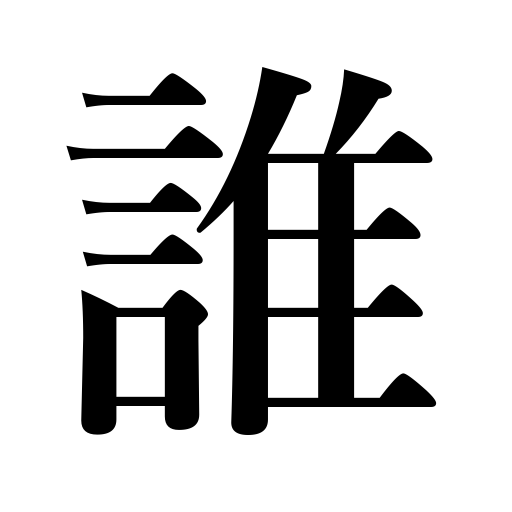
Meanings: who